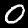
Digit: 0